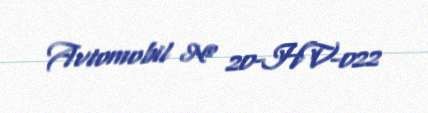
Avtomobil № 20-HV-022